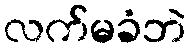
လက်မခံဘဲ